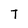
Character: T